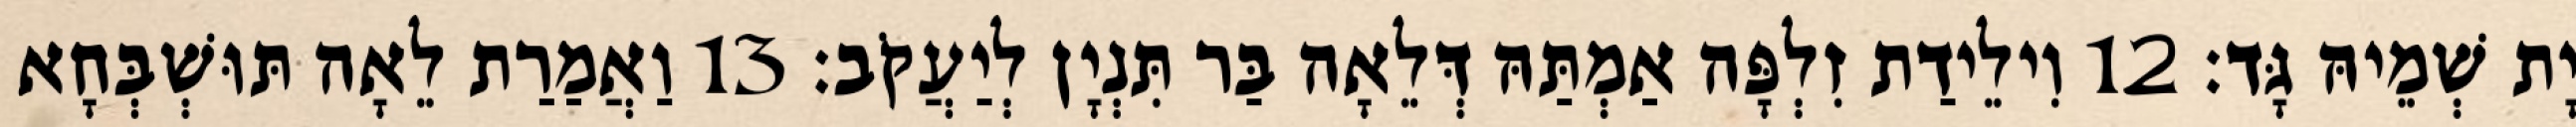
יָת שְׁמֵיהּ גָּד׃ 12 וִילֵידַת זִלְפָּה אַמְתַּהּ דְּלֵאָה בַּר תִּנְיָן לְיַעֲקֹב׃ 13 וַאֲמַרַת לֵאָה תּוּשְׁבְּחָא